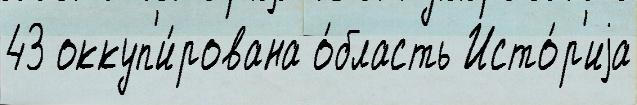
43 оккуп'и́рована о́бласть Исто́р'иjа